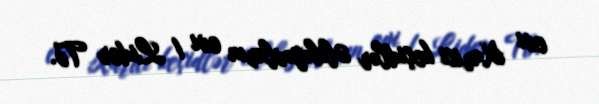
evi Xarici keçidlər Əlibəyovların evi / Lider Tv.